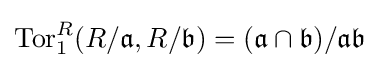
\operatorname {Tor} _{1}^{R}(R/{\mathfrak {a}},R/{\mathfrak {b}})=({\mathfrak {a}}\cap {\mathfrak {b}})/{\mathfrak {a}}{\mathfrak {b}}